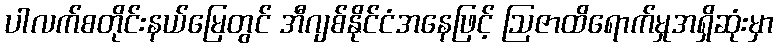
ပါလက်စတိုင်းနယ်မြေတွင် အီဂျစ်နိုင်ငံအနေဖြင့် ဩဇာထိရောက်မှုအရှိဆုံးမှာ